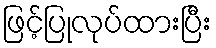
ဖြင့်ပြုလုပ်ထားပြီး